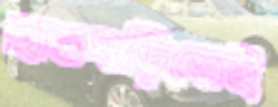
হাতঘড়িতেই